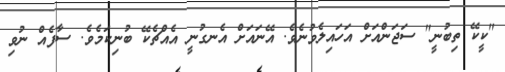
"ކީކޭ ތިބުނީ" ސަޖަންއަށް އަހައިލެވުނެވެ. އޭނައަށް އެނގުނީ އެއްޗެކޭ ބުނިކަމެވެ. ސާފެއް ނުވި